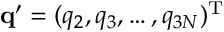
\mathbf { q } ^ { \prime } = ( q _ { 2 } , q _ { 3 } , \dots , q _ { 3 N } ) ^ { \mathrm { T } }